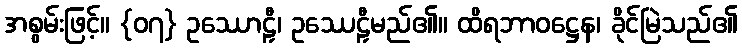
အစွမ်းဖြင့်။ {၀၇} ဥဿောဠှီ၊ ဥဿေဠှီမည်၏။ ထိရဘာဝဋ္ဌေန၊ ခိုင်မြဲသည်၏